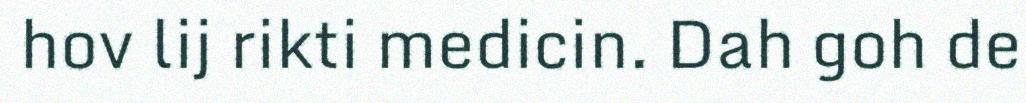
hov lij rikti medicin. Dah goh de